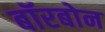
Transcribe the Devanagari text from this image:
बॉरबोन